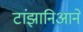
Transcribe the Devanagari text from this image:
टांझानिआने